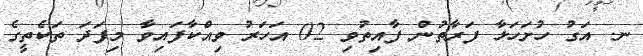
ނ. އަގު ހުށަހަޅާ ފަރާތުން ފާއިތުވި 02 އަހަރު ވިއްކާފައިވާ މިފަދަ ތަކެތީގެ